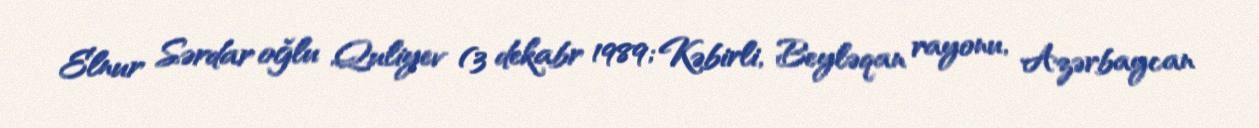
Elnur Sərdar oğlu Quliyev (3 dekabr 1989; Kəbirli, Beyləqan rayonu, Azərbaycan